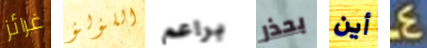
غرائز اللؤلؤ براعم بحذر أين 4